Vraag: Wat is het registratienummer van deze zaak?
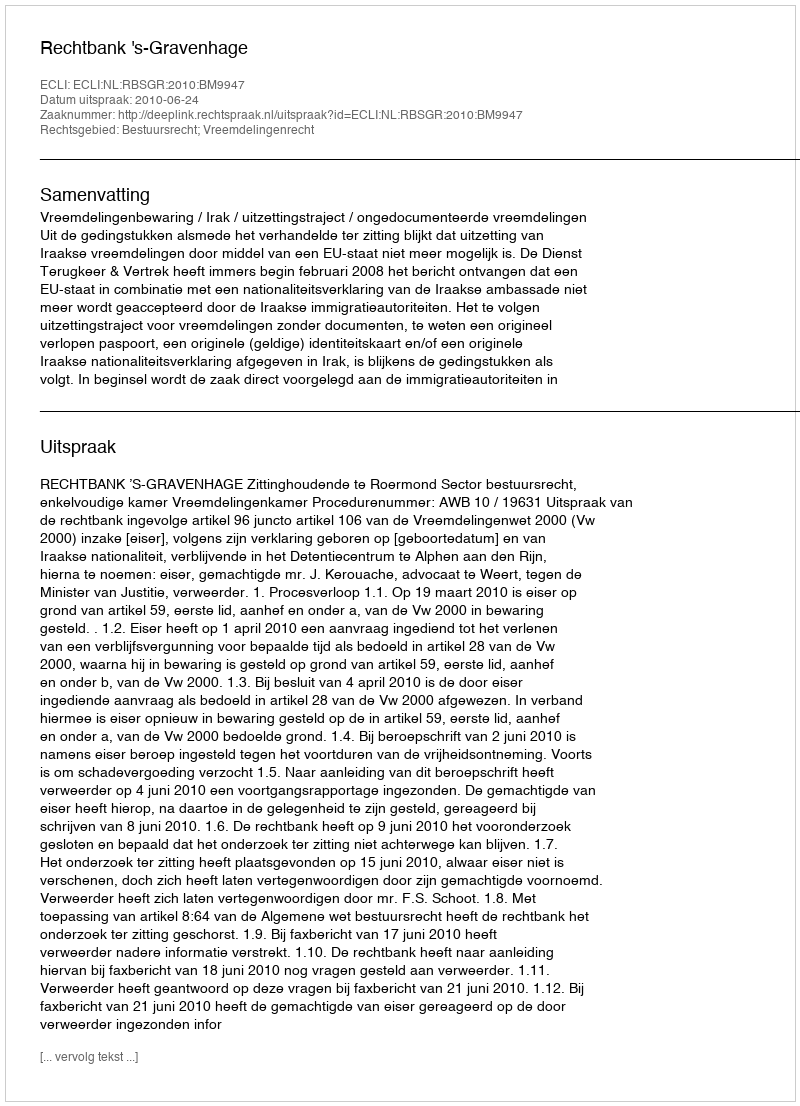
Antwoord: http://deeplink.rechtspraak.nl/uitspraak?id=ECLI:NL:RBSGR:2010:BM9947